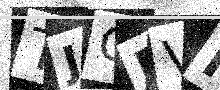
Text: TJCRVF